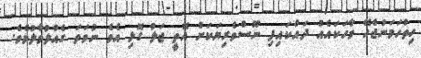
ހިތްހަމަނުޖެހޭ ވާހަކައެއް ދައްކައިފި ނޫސްވެރިޔަކަށް އޮތީ ޖަލު ގޮޅި އެވެ ނުވަތަ ގެއްލުވާލުމެވެ.